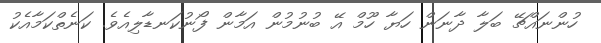
ހުންނައްޗޭ ބަލާ ދާނަން ހަޔާ ހޫމް އޭ ބުނުމުން އަމާން ފޯނުކަނޑާލިއެވެ. ކަނެތްކަމާއެކު